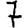
Digit: 7